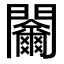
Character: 𨷬